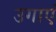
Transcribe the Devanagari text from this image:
उगाएं